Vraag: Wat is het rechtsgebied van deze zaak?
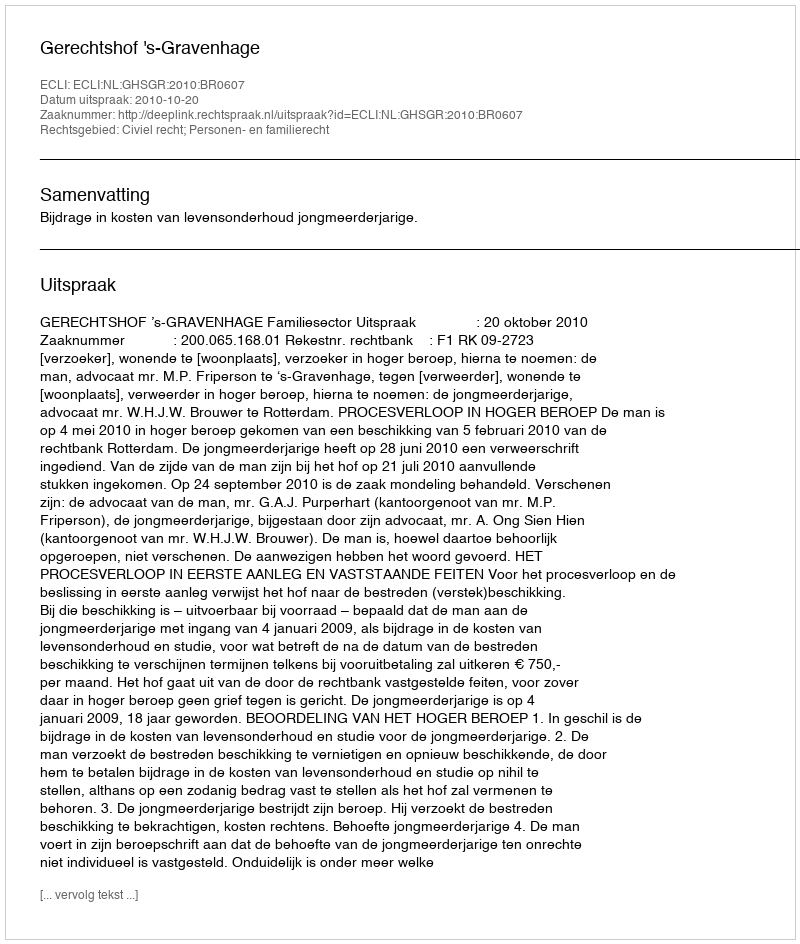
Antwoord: Civiel recht; Personen- en familierecht